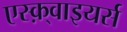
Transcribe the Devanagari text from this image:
एस्क़्वाइयर्स